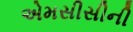
એમસીસીની